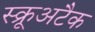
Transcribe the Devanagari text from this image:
स्क्रूअटैक